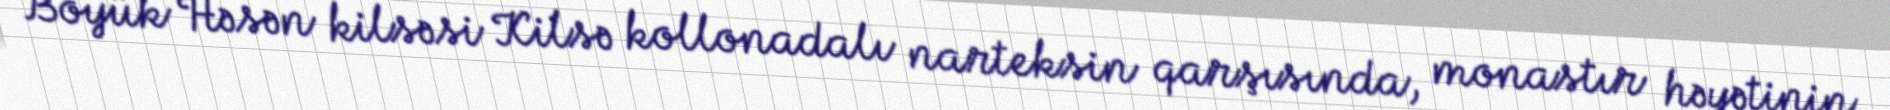
Böyük Həsən kilsəsi Kilsə kollonadalı narteksin qarşısında, monastır həyətinin